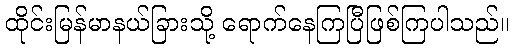
ထိုင်းမြန်မာနယ်ခြားသို့ ရောက်နေကြပြီဖြစ်ကြပါသည်။